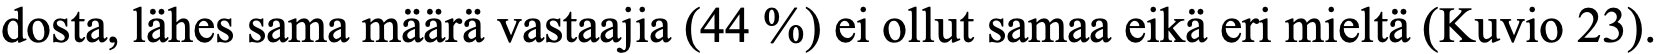
dosta, lähes sama määrä vastaajia (44 %) ei ollut samaa eikä eri mieltä (Kuvio 23).